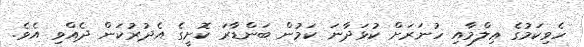
ހެވިކަމުގެ ޢިލްމާއި ހުނަރަށް ކުޅަދާނަ ކަމުން ބަންޑާރަ ކޮށީގެ އެދުރުކަން ދެއްވި އެވެ.